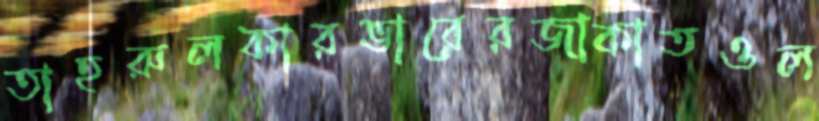
তাহরুলকারভারেরজাকাতওল